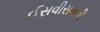
ઈસવીસનની